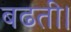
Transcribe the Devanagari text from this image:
बढती।